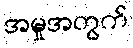
အမှုအတွက်